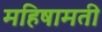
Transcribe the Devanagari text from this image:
महिषामती